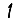
Digit: 1